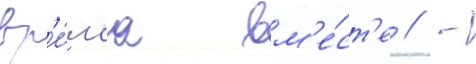
вр'е́м'я вм'е́ст'е // -